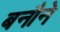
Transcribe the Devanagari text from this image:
बनौने